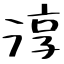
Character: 淳